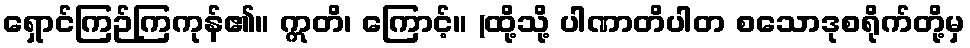
ရှောင်ကြဉ်ကြကုန်၏။ ဣတိ၊ ကြောင့်။ (ထို့သို့ ပါဏာတိပါတ စသောဒုစရိုက်တို့မှ